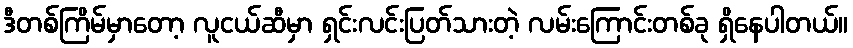
ဒီတစ်ကြိမ်မှာတော့ လူငယ်ဆီမှာ ရှင်းလင်းပြတ်သားတဲ့ လမ်းကြောင်းတစ်ခု ရှိနေပါတယ်။